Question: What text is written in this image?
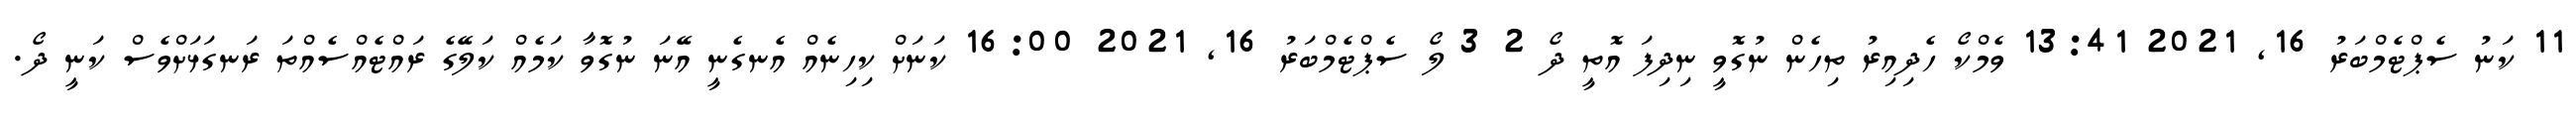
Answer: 11 ކަނު ސެޕްޓެމްބަރު 16, 2021 13:41 ވެމްކޯ ހެދިއިރު ތިހެން ނުގޮވީ ނިދިފަ އޮތީ ދޯ 2 3 ލޯ ސެޕްޓެމްބަރު 16, 2021 16:00 ކަނަށް ކިހިނެއް އެނގެނީ އޭނަ ނުގޮވާ ކަމެއް ކަލޭގެ ރައްޓެއްސެއްތަ ރަނގަޅަށްވެސް ކަނީ ދޯ.